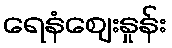
ရေနံဈေးနှုန်း